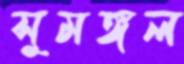
সুমঙ্গল